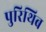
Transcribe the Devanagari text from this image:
पुरिथिब